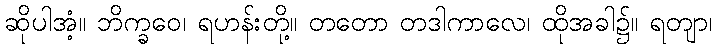
ဆိုပါအံ့။ ဘိက္ခဝေ၊ ရဟန်းတို့။ တတော တဒါကာလေ၊ ထိုအခါ၌။ ရတျာ၊